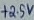
Text: +2.5V